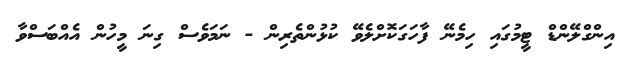
އިންގްލޭންޑް ޓީމުގައި ހިމެނޭ ފާހަގަކޮށްލެވޭ ކުޅުންތެރިން - ނަމަވެސް ގިނަ މީހުން އެއްބަސްވާ